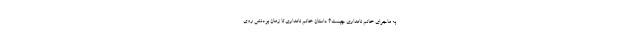
به ماجرای خانم نامداری چیست؟ داستان خانم نامداری تا زمان بودنش روی